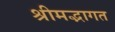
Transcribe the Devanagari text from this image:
श्रीमद्भागत